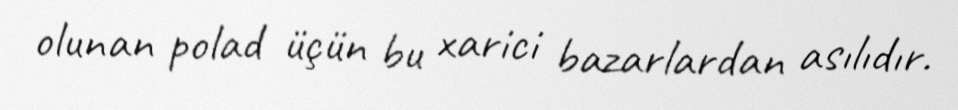
olunan polad üçün bu xarici bazarlardan asılıdır.